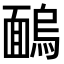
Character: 𩈺